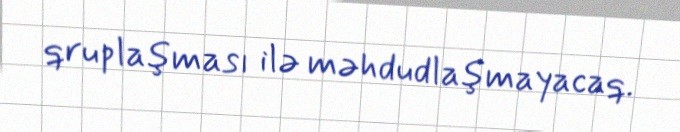
qruplaşması ilə məhdudlaşmayacaq.